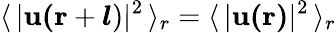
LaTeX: \langle\, \lvert\mathbf{u(r}+\boldsymbol{l})\rvert^{2}\, \rangle_{r}=\langle\, \lvert\mathbf{u(r)}\rvert^{2}\, \rangle_{r}